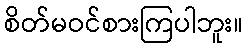
စိတ်မဝင်စားကြပါဘူး။